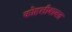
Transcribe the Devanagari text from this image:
कोहलीबाबत